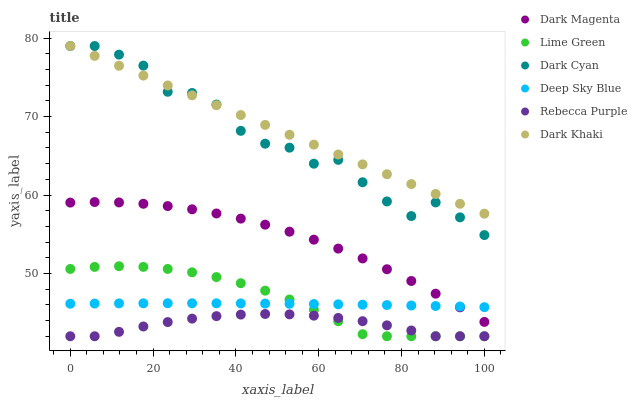
| xaxis_label | Dark Magenta | Lime Green | Dark Cyan | Deep Sky Blue | Rebecca Purple | Dark Khaki |
 | --- | --- | --- | --- | --- | --- | --- |
 | 0 | 59 | 50.6 | 79 | 46.1 | 42 | 79 |
 | 5.88 | 59.1 | 50.8 | 79 | 46.2 | 42 | 77.7 |
 | 11.8 | 59.1 | 50.9 | 77.9 | 46.2 | 42.6 | 76.5 |
 | 17.6 | 58.9 | 50.8 | 76.5 | 46.2 | 43.2 | 75.2 |
 | 23.5 | 58.6 | 50.6 | 73.2 | 46.2 | 43.8 | 74 |
 | 29.4 | 58.2 | 50.1 | 73 | 46.2 | 44.2 | 72.7 |
 | 35.3 | 57.7 | 49.5 | 71.5 | 46.2 | 44.6 | 71.5 |
 | 41.2 | 57 | 48.8 | 68.2 | 46.2 | 44.8 | 70.2 |
 | 47.1 | 56.2 | 47.8 | 66.5 | 46.2 | 44.8 | 68.9 |
 | 52.9 | 55.3 | 46.7 | 66 | 46.1 | 44.8 | 67.7 |
 | 58.8 | 54.3 | 45.4 | 64 | 46.1 | 44.6 | 66.4 |
 | 64.7 | 53.2 | 43.9 | 64.5 | 46.1 | 44.3 | 65.2 |
 | 70.6 | 51.9 | 42.3 | 61.6 | 46 | 43.9 | 63.9 |
 | 76.5 | 50.5 | 42 | 59.2 | 46 | 43.4 | 62.7 |
 | 82.4 | 49 | 42 | 57.3 | 45.9 | 42.7 | 61.4 |
 | 88.2 | 47.4 | 42 | 59.1 | 45.9 | 42 | 60.1 |
 | 94.1 | 45.7 | 42 | 57.2 | 45.8 | 42 | 58.9 |
 | 100 | 43.8 | 42 | 54.9 | 45.7 | 42 | 57.6 |